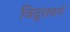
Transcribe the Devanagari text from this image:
विद्वतवर्ग